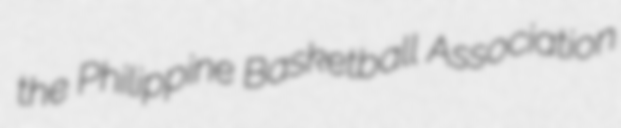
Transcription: the Philippine Basketball Association